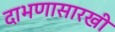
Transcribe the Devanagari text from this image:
दाभणासारखी